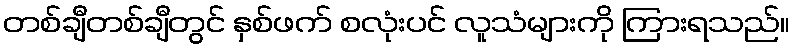
တစ်ချီတစ်ချီတွင် နှစ်ဖက် စလုံးပင် လူသံများကို ကြားရသည်။